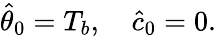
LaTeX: \begin{array}{r}{\hat{\theta}_{0}=T_{b},\quad\hat{c}_{0}=0.}\end{array}